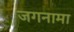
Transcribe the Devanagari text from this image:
जगनामा